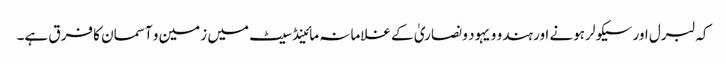
کہ لبرل اور سیکولر ہونے اور ہندو و یہود و نصاریٰ کے غلامانہ مائینڈ سیٹ میں زمین و آسمان کا فرق ہے۔